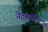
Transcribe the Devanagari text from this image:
नेटशॉट